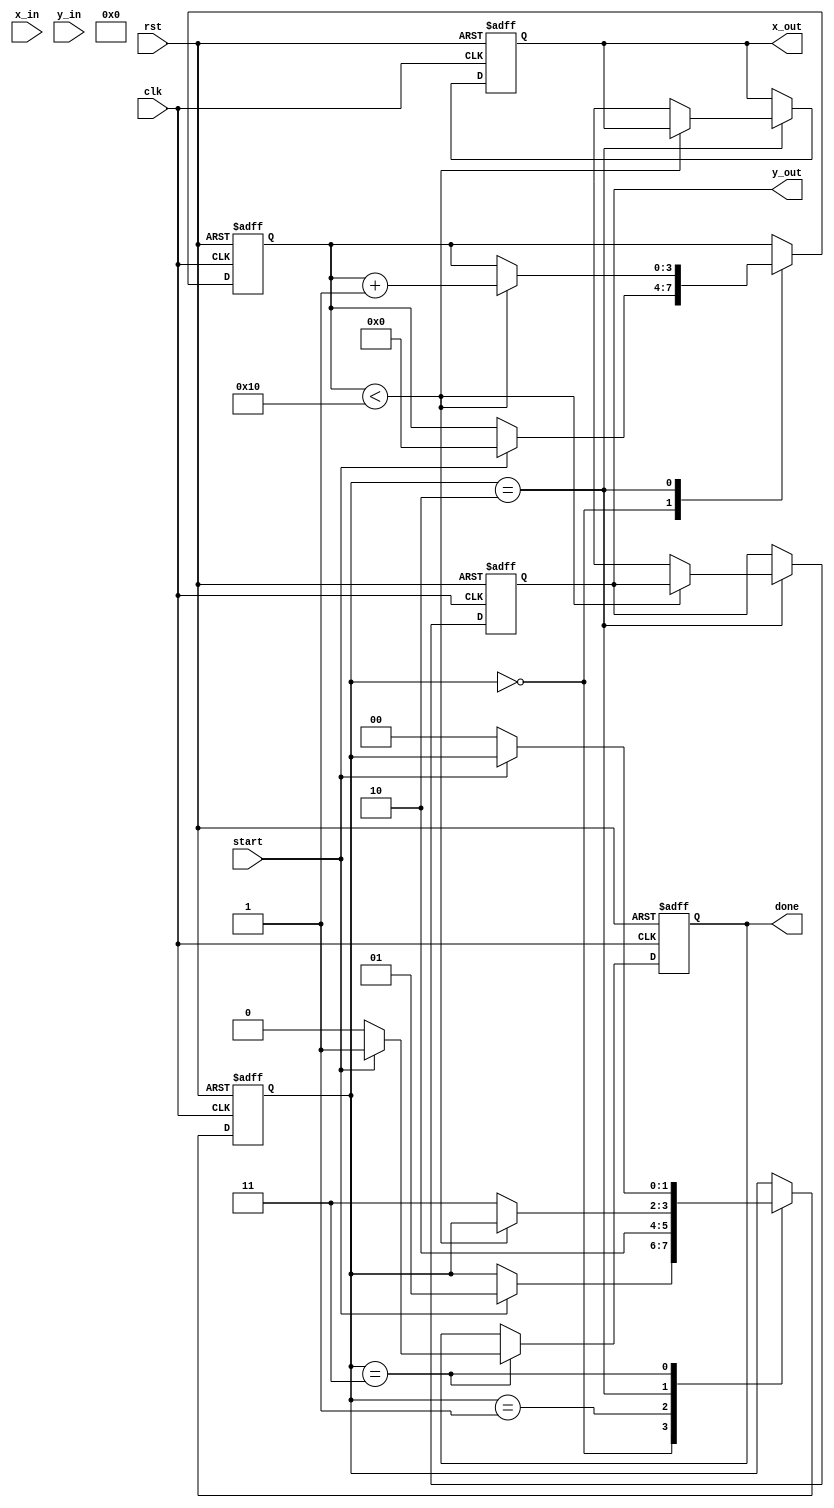
module complex_cordic #(
    parameter N = 16,                // Number of iterations
    parameter WIDTH = 16,            // Bit-width for fixed-point representation
    parameter K = 16'h26B3           // Scaling factor (K = 1/sqrt(1 + 2^(-2k))), example value for N=16
)(
    input clk,
    input rst,
    input start,
    input signed [WIDTH-1:0] x_in,   // Real part input
    input signed [WIDTH-1:0] y_in,   // Imaginary part input
    output reg signed [WIDTH-1:0] x_out, // Real part output
    output reg signed [WIDTH-1:0] y_out, // Imaginary part output
    output reg done
);

    reg signed [WIDTH-1:0] x [0:N-1];  // Iterative x values
    reg signed [WIDTH-1:0] y [0:N-1];  // Iterative y values
    reg signed [WIDTH-1:0] angle [0:N-1]; // Angle LUT
    reg [3:0] count;                    // Iteration counter
    reg [1:0] state;                    // FSM states

    localparam IDLE = 2'b00, INIT = 2'b01, COMPUTE = 2'b10, DONE = 2'b11;

    // Initialize angle LUT
    initial begin
        angle[0] = 16'h1D7; // atan(2^0)
        angle[1] = 16'h1B7; // atan(2^-1)
        angle[2] = 16'h1A0; // atan(2^-2)
        angle[3] = 16'h18E; // atan(2^-3)
        // Continue filling in the LUT...
        // angle[k] = atan(2^(-k)) for k=4 to N-1
    end

    // FSM for control
    always @(posedge clk or posedge rst) begin
        if (rst) begin
            state <= IDLE;
            done <= 0;
            count <= 0;
            x_out <= 0;
            y_out <= 0;
        end else begin
            case (state)
                IDLE: begin
                    if (start) begin
                        x[0] <= x_in;
                        y[0] <= y_in;
                        count <= 0;
                        state <= INIT;
                    end
                end
                INIT: begin
                    // Initialization done, move to computation
                    state <= COMPUTE;
                end
                COMPUTE: begin
                    if (count < N) begin
                        // Determine the rotation direction
                        if (y[count] < 0) begin  // Counterclockwise rotation
                            x[count+1] <= x[count] + (y[count] >>> count);
                            y[count+1] <= y[count] - (x[count] >>> count);
                        end else begin  // Clockwise rotation
                            x[count+1] <= x[count] - (y[count] >>> count);
                            y[count+1] <= y[count] + (x[count] >>> count);
                        end
                        count <= count + 1;
                    end else begin
                        // Apply scaling
                        x_out <= x[N] * K >>> 15; // Adjust shifting based on fixed point
                        y_out <= y[N] * K >>> 15; // Adjust shifting based on fixed point
                        state <= DONE;
                    end
                end
                DONE: begin
                    done <= 1;
                    if (!start) begin
                        state <= IDLE; // Reset for the next computation
                        done <= 0;
                    end
                end
            endcase
        end
    end

endmodule